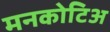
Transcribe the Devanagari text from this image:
मनकोटिअ